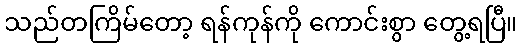
သည်တကြိမ်တော့ ရန်ကုန်ကို ကောင်းစွာ တွေ့ရပြီ။